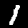
Label: 1